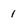
Character: 1